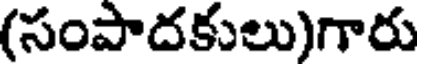
(సంపాదకులు)గారు